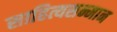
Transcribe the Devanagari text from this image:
साहित्यसन्मान